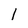
Character: 1